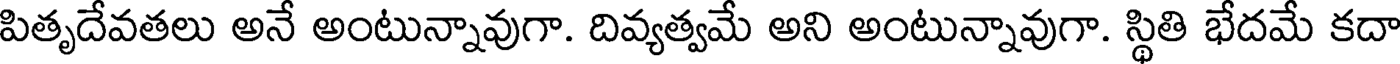
పితృదేవతలు అనే అంటున్నావుగా. దివ్యత్వమే అని అంటున్నావుగా. స్థితి భేదమే కదా